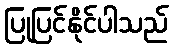
ပြုပြင်နိုင်ပါသည်